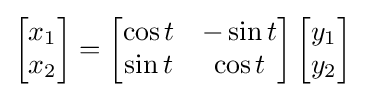
{\begin{bmatrix}x_{1}\\x_{2}\end{bmatrix}}={\begin{bmatrix}\cos t&-\sin t\\\sin t&\cos t\end{bmatrix}}\,{\begin{bmatrix}y_{1}\\y_{2}\end{bmatrix}}